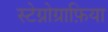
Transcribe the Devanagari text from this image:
स्टेग्नोग्राफ़िया